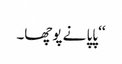
‘‘ پاپا نے پوچھا۔